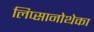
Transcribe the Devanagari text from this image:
लिप्सानोथेका